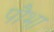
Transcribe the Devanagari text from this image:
पौभा